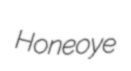
Honeoye